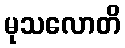
မုသလောတိ